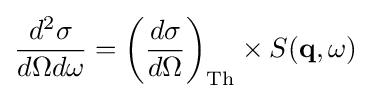
{\displaystyle {d^{2}\sigma  \over d\Omega d\omega }=\left({d\sigma  \over d\Omega }\right)_{\rm {Th}}\times S(\mathbf {q} ,\omega )}